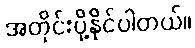
အတိုင်းပို့နိုင်ပါတယ်။